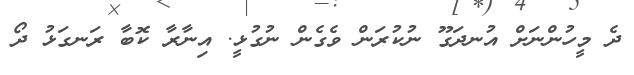
ދެ މީހުންނަށް އުނދަގޫ ނުކުރަން ވެގެން ނުގުޅީ. އިނާރާ ކޮބާ ރަނގަޅު ދޯ